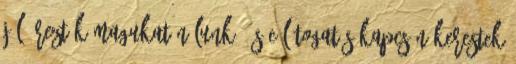
jól érezték magukat nálunk, és e látogatás kapcsán kerestek